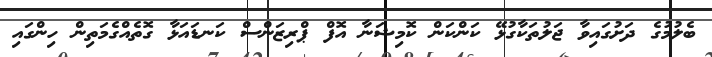
ބެލުމުގެ ދަށުގައިވާ ޖަލުތަކާގުޅޭ ކަންކަން ކޮމިޝަނާ އޮފް ޕްރިޒަންސް ކަނޑައަޅާ ގޮތެއްގެމަތިން ހިންގައި